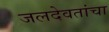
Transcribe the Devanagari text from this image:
जलदेवतांचा